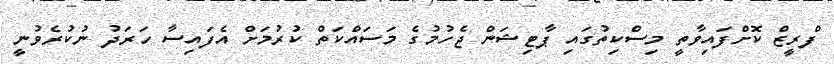
ފްރީޒް ކޮށްފައިވާތީ މިސްކިތުގައި ޕާޓިޝަން ޖެހުމުގެ މަސައްކަތް ކުރުމަށް އެފައިސާ ހަރަދު ނުކުރެވުނީ